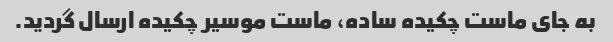
به جای ماست چکیده ساده، ماست موسیر چکیده ارسال گردید.